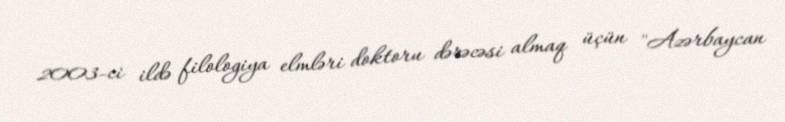
2003-ci ildə filologiya elmləri doktoru dərəcəsi almaq üçün "Azərbaycan